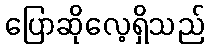
ပြောဆိုလေ့ရှိသည်